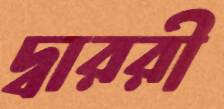
দ্বাররী